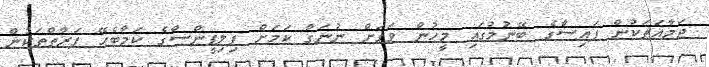
ޖަމާއަތަކުން ފައިސާގެ ބޭނުމުގައި މީހުން ވަގަށް ނުނަގާ ކަމަށް ފިލިޕީންސްގެ ކަމާބެހޭ ފަރާތްތަކުން